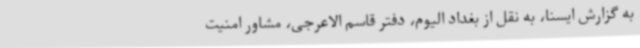
به گزارش ایسنا، به نقل از بغداد الیوم، دفتر قاسم الاعرجی، مشاور امنیت